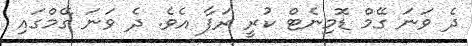
ދެ ވަނަ ގޭމް ޑޮމިނެޓް ކުރީ ރަފާ އެވެ. ދެ ވަނަ ގޭމްގައި